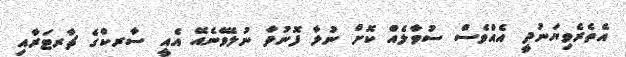
އެތެރެވިޔަނުދީ އެއްވެސް ސުވާލެއް ކޮށް ނުލާ ފޮނުވާ ނުލެވޭނެއޭ އެއީ ސާރކްގެ ޗާރޓަރާއި